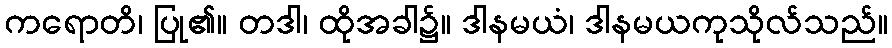
ကရောတိ၊ ပြု၏။ တဒါ၊ ထိုအခါ၌။ ဒါနမယံ၊ ဒါနမယကုသိုလ်သည်။